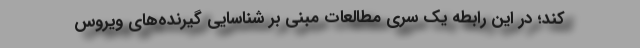
کند؛ در این رابطه یک سری مطالعات مبنی بر شناسایی گیرنده‌های ویروس